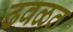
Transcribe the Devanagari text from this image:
ढवळत